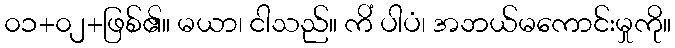
၀၁+၀၂+ဖြစ်၏။ မယာ၊ ငါသည်။ ကိံ ပါပံ၊ အဘယ်မကောင်းမှုကို။